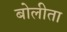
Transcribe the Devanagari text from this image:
बोलीता